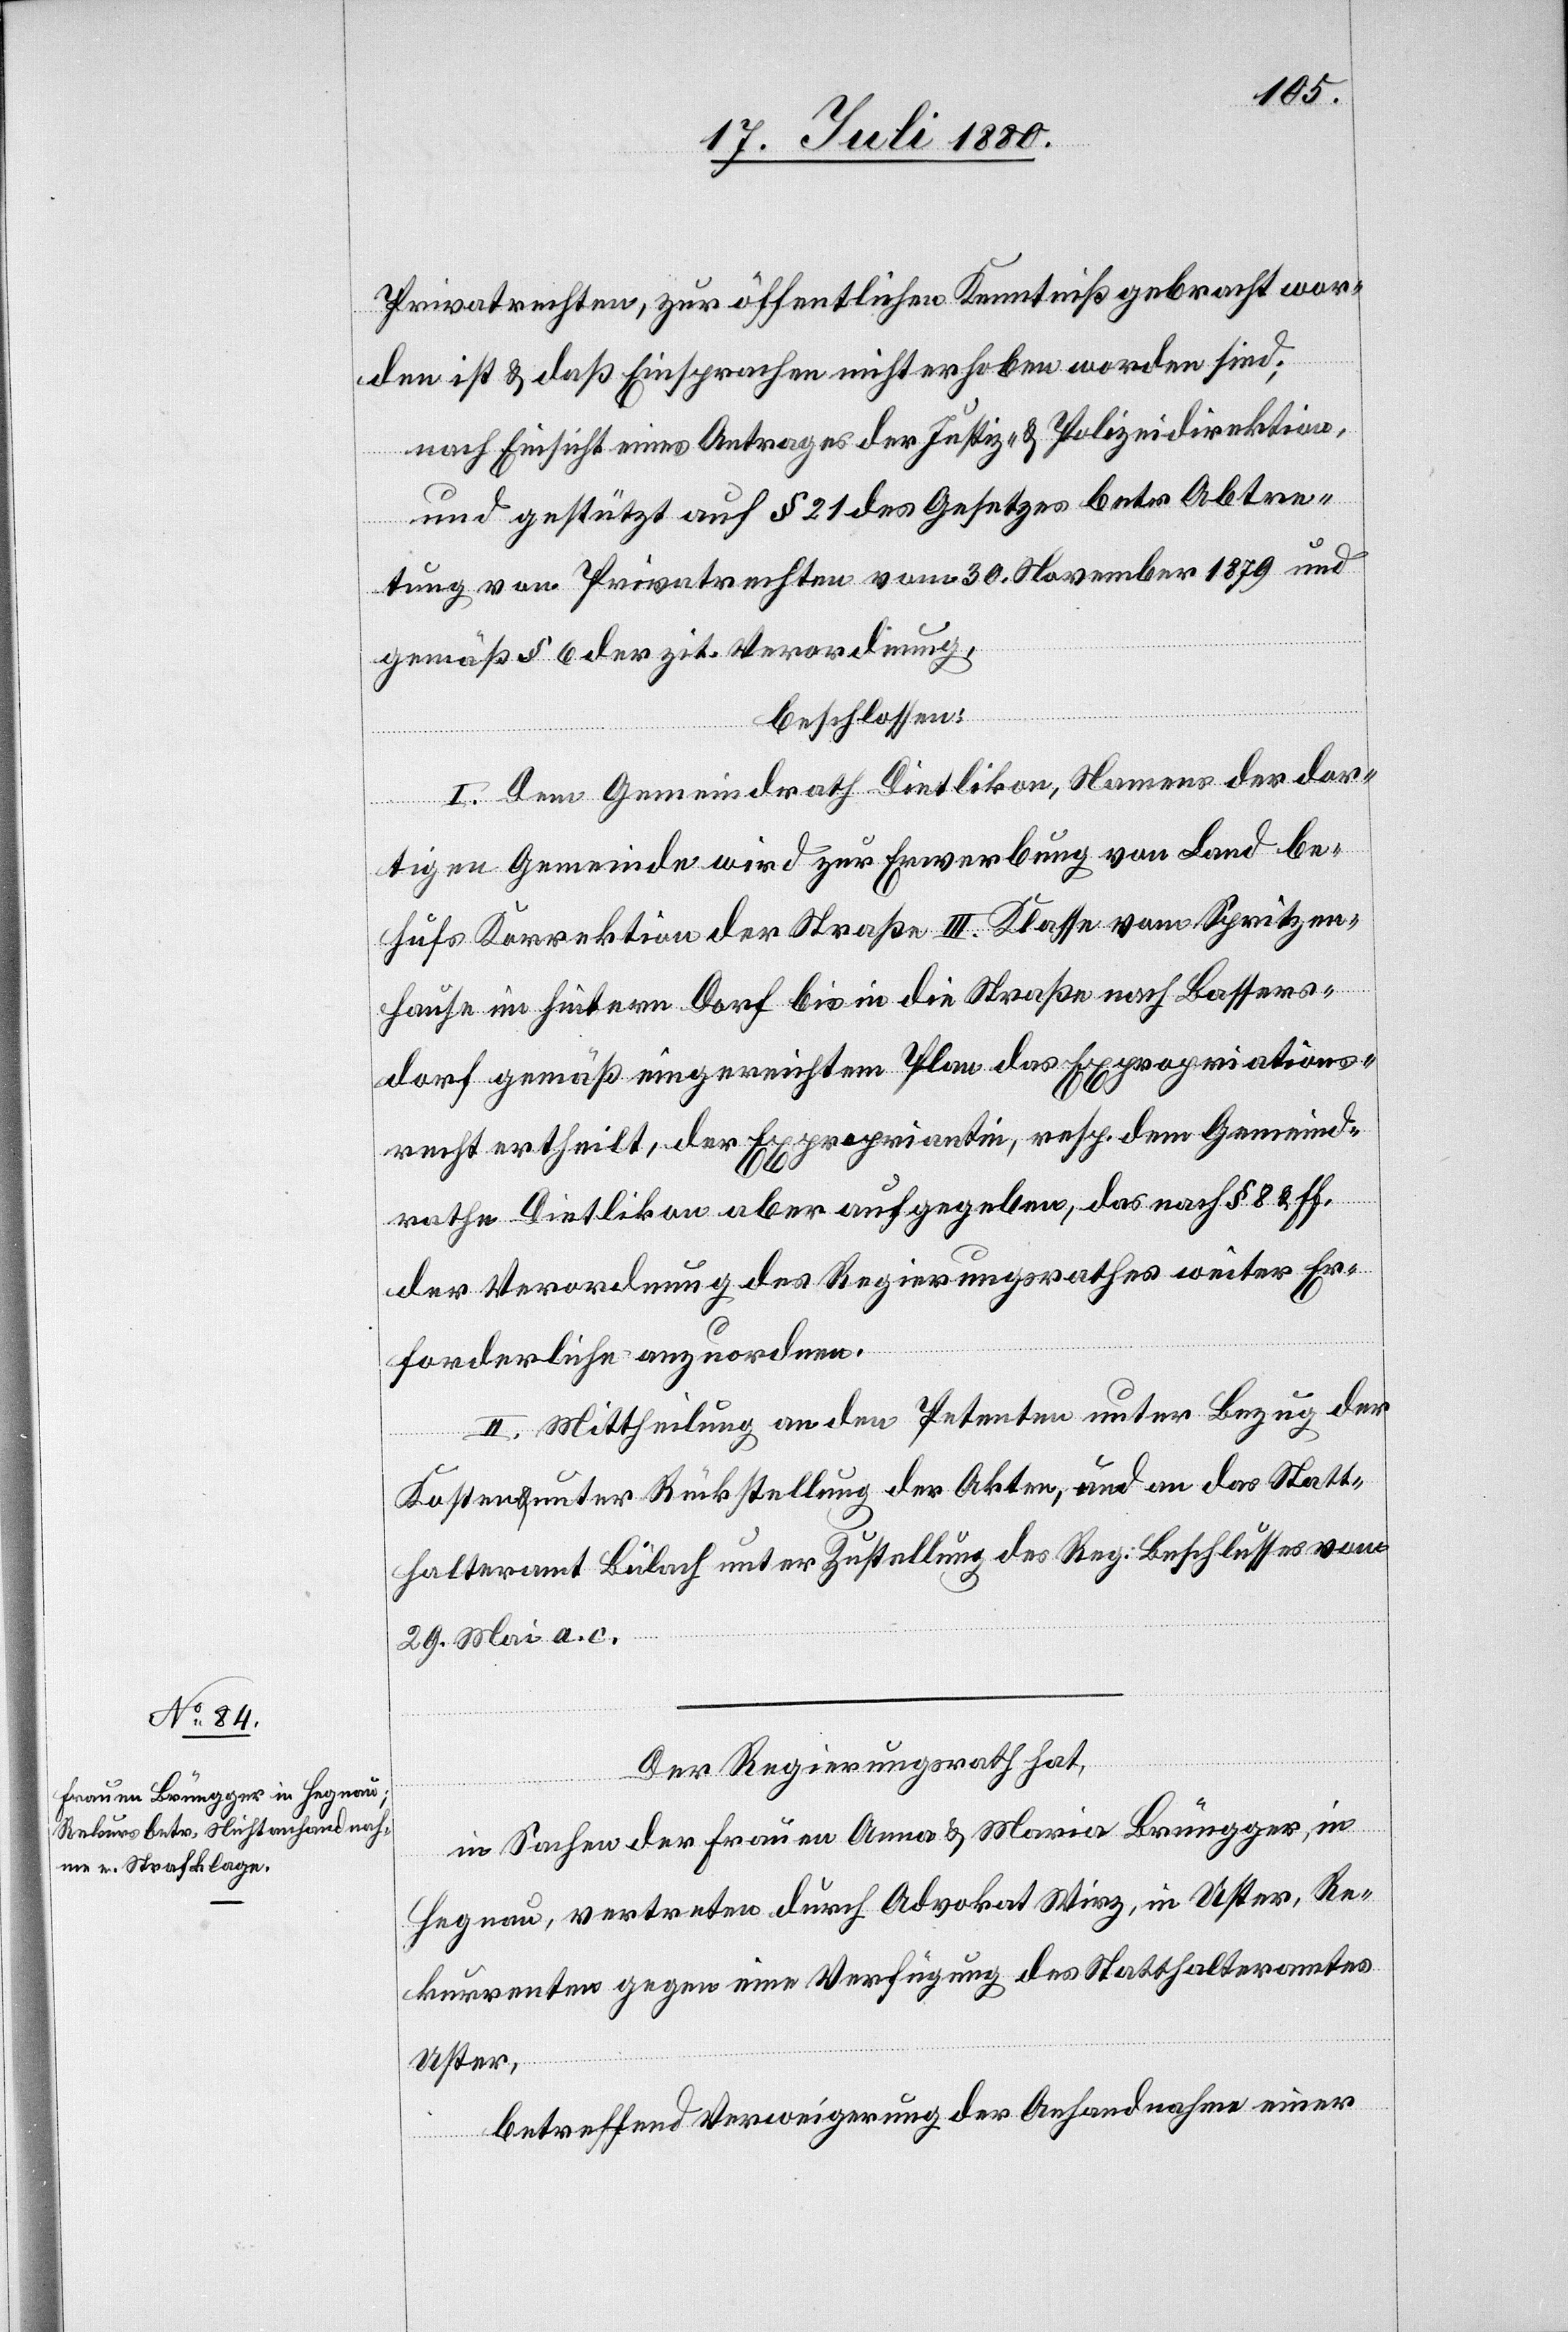
Privatrechten, zur öffentlichen Kenntniß gebracht wor¬
den ist & daß Einsprachen nicht erhoben worden sind;
nach Einsicht eines Antrages der Justiz- & Polizeidirektion,
und gestützt auf § 21 des Gesetzes betr. Abtre¬
tung von Privatrechten vom 30 November 1879 und
gemäß § 6 der zit. Verordnung,
beschlossen:
I. Der Gemeindrath Dietlikon, Namens der dor¬
tigen Gemeinde wird zur Erwerbung von Land be¬
hufs Korrektion der Straße III. Klasse vom Spritzen¬
hause im hintern Dorf bis in die Straße nach Bassers¬
dorf gemäß eingereichtem Plan das Expropriations¬
recht ertheilt, der Expropriantin, resp. dem Gemeind¬
rathe Dietlikon aber aufgegeben, das nach § 8 & ff.
der Verordnung des Regierungsrathes weiter Er¬
forderliche anzuordnen.
II. Mittheilung an den Petenten unter Bezug der
Kosten & unter Rückstellung der Akten, und an das Statt¬
halteramt Bülach unter Zustellung des Reg. Beschlusses vom
29. Mai a. c.
Der Regierungsrath hat,
in Sachen der Frauen Anna & Maria Brüngger, in
Hegnau, vertreten durch Advokat Wirz, in Uster, Re¬
kurrenten gegen eine Verfügung des Statthalteramtes
Uster,
betreffend Verweigerung der Anhandnahme einer